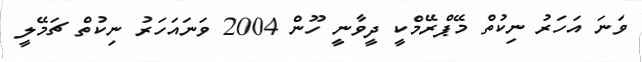
ވަނަ އަހަރު ނިކުތް މޭޕްރޭމްކީ ދީވާނީ ހޫން 2004 ވަނައަހަރު ނިކުތް ޗަމޭލީ